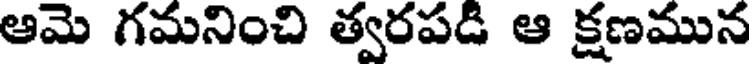
ఆమె గమనించి త్వరపడి ఆ క్షణమున